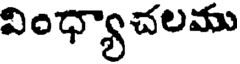
వింధ్యాచలము